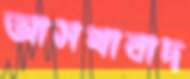
আসখাবাদ